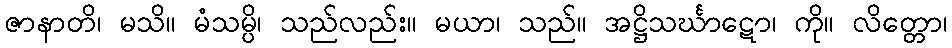
ဇာနာတိ၊ မသိ။ မံသမ္ပိ၊ သည်လည်း။ မယာ၊ သည်။ အဋ္ဌိသင်္ဃာဋော၊ ကို။ လိတ္တော၊